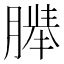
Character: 𬂍